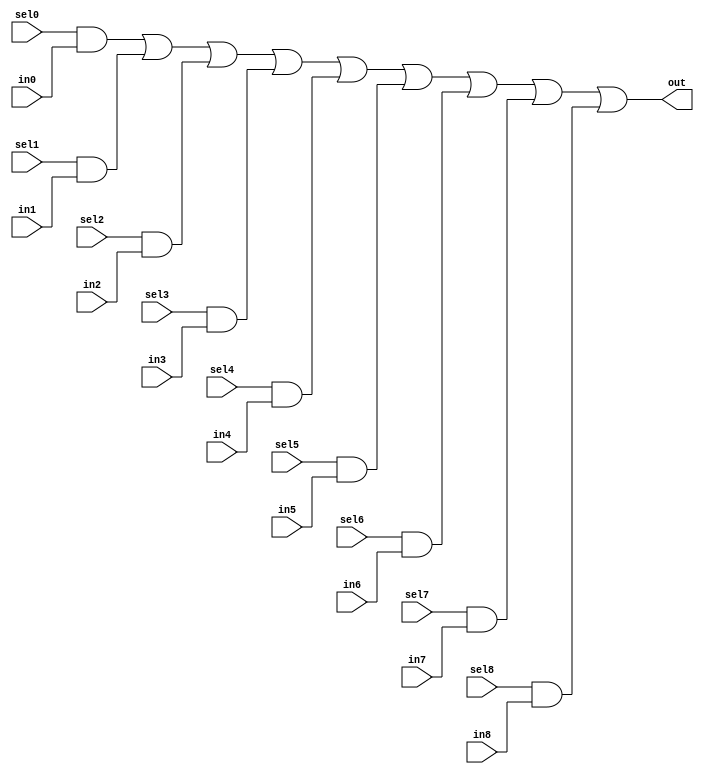
module oh_mux9 #( parameter DW = 1 ) // width of mux
   (
    input 	    sel8,
    input 	    sel7,
    input 	    sel6,
    input 	    sel5,
    input 	    sel4,
    input 	    sel3,
    input 	    sel2,
    input 	    sel1,
    input 	    sel0,
    input [DW-1:0]  in8,
    input [DW-1:0]  in7,
    input [DW-1:0]  in6,
    input [DW-1:0]  in5,
    input [DW-1:0]  in4,
    input [DW-1:0]  in3,
    input [DW-1:0]  in2,
    input [DW-1:0]  in1,
    input [DW-1:0]  in0, 
    output [DW-1:0] out  //selected data output
    );

   assign out[DW-1:0] = ({(DW){sel0}} & in0[DW-1:0] |
			 {(DW){sel1}} & in1[DW-1:0] |
			 {(DW){sel2}} & in2[DW-1:0] |
			 {(DW){sel3}} & in3[DW-1:0] |
			 {(DW){sel4}} & in4[DW-1:0] |
			 {(DW){sel5}} & in5[DW-1:0] |
			 {(DW){sel6}} & in6[DW-1:0] |
			 {(DW){sel7}} & in7[DW-1:0] | 
			 {(DW){sel8}} & in8[DW-1:0]);
      
endmodule